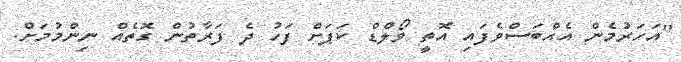
"އަހަރުމެން އެއްބަސްވެފައި އޮތީ ވޯލްޑް ކަޕަށް ފަހު ދެ ފަރާތުން ގޮތެއް ނިންމުމަށް.